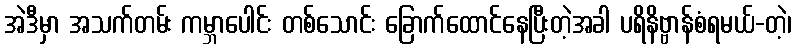
အဲဒီမှာ အသက်တမ်း ကမ္ဘာပေါင်း တစ်သောင်း ခြောက်ထောင်နေပြီးတဲ့အခါ ပရိနိဗ္ဗာန်စံရမယ်-တဲ့၊